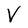
Character: V